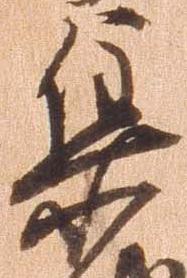
集